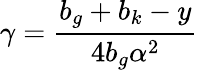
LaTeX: \gamma=\frac{b_{g}+b_{k}-y}{4b_{g}\alpha^{2}}